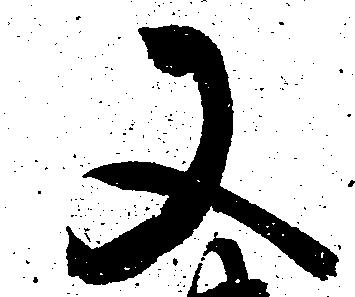
又